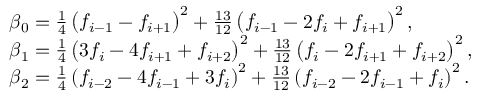
\begin{array} { r l } & { \beta _ { 0 } = \frac { 1 } { 4 } \left( f _ { i - 1 } - f _ { i + 1 } \right) ^ { 2 } + \frac { 1 3 } { 1 2 } \left( f _ { i - 1 } - 2 f _ { i } + f _ { i + 1 } \right) ^ { 2 } , } \\ & { \beta _ { 1 } = \frac { 1 } { 4 } \left( 3 f _ { i } - 4 f _ { i + 1 } + f _ { i + 2 } \right) ^ { 2 } + \frac { 1 3 } { 1 2 } \left( f _ { i } - 2 f _ { i + 1 } + f _ { i + 2 } \right) ^ { 2 } , } \\ & { \beta _ { 2 } = \frac { 1 } { 4 } \left( f _ { i - 2 } - 4 f _ { i - 1 } + 3 f _ { i } \right) ^ { 2 } + \frac { 1 3 } { 1 2 } \left( f _ { i - 2 } - 2 f _ { i - 1 } + f _ { i } \right) ^ { 2 } . } \end{array}